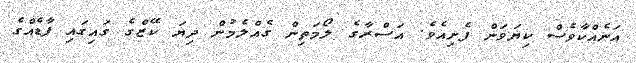
އަނެއްކާވެސް ކިޔަވަން ފެށިއެވެ. އަސްރާގެ ލޯމަތިން ގެއްލެމުން ދިޔަ ކޭޒްގެ ގައިގައި ފާޑެއްގެ